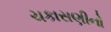
ચકાસણીનો